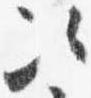
次